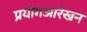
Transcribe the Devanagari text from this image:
प्रयोगआरेखन